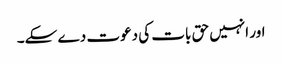
اور انہیں حق بات کی دعوت دے سکے۔